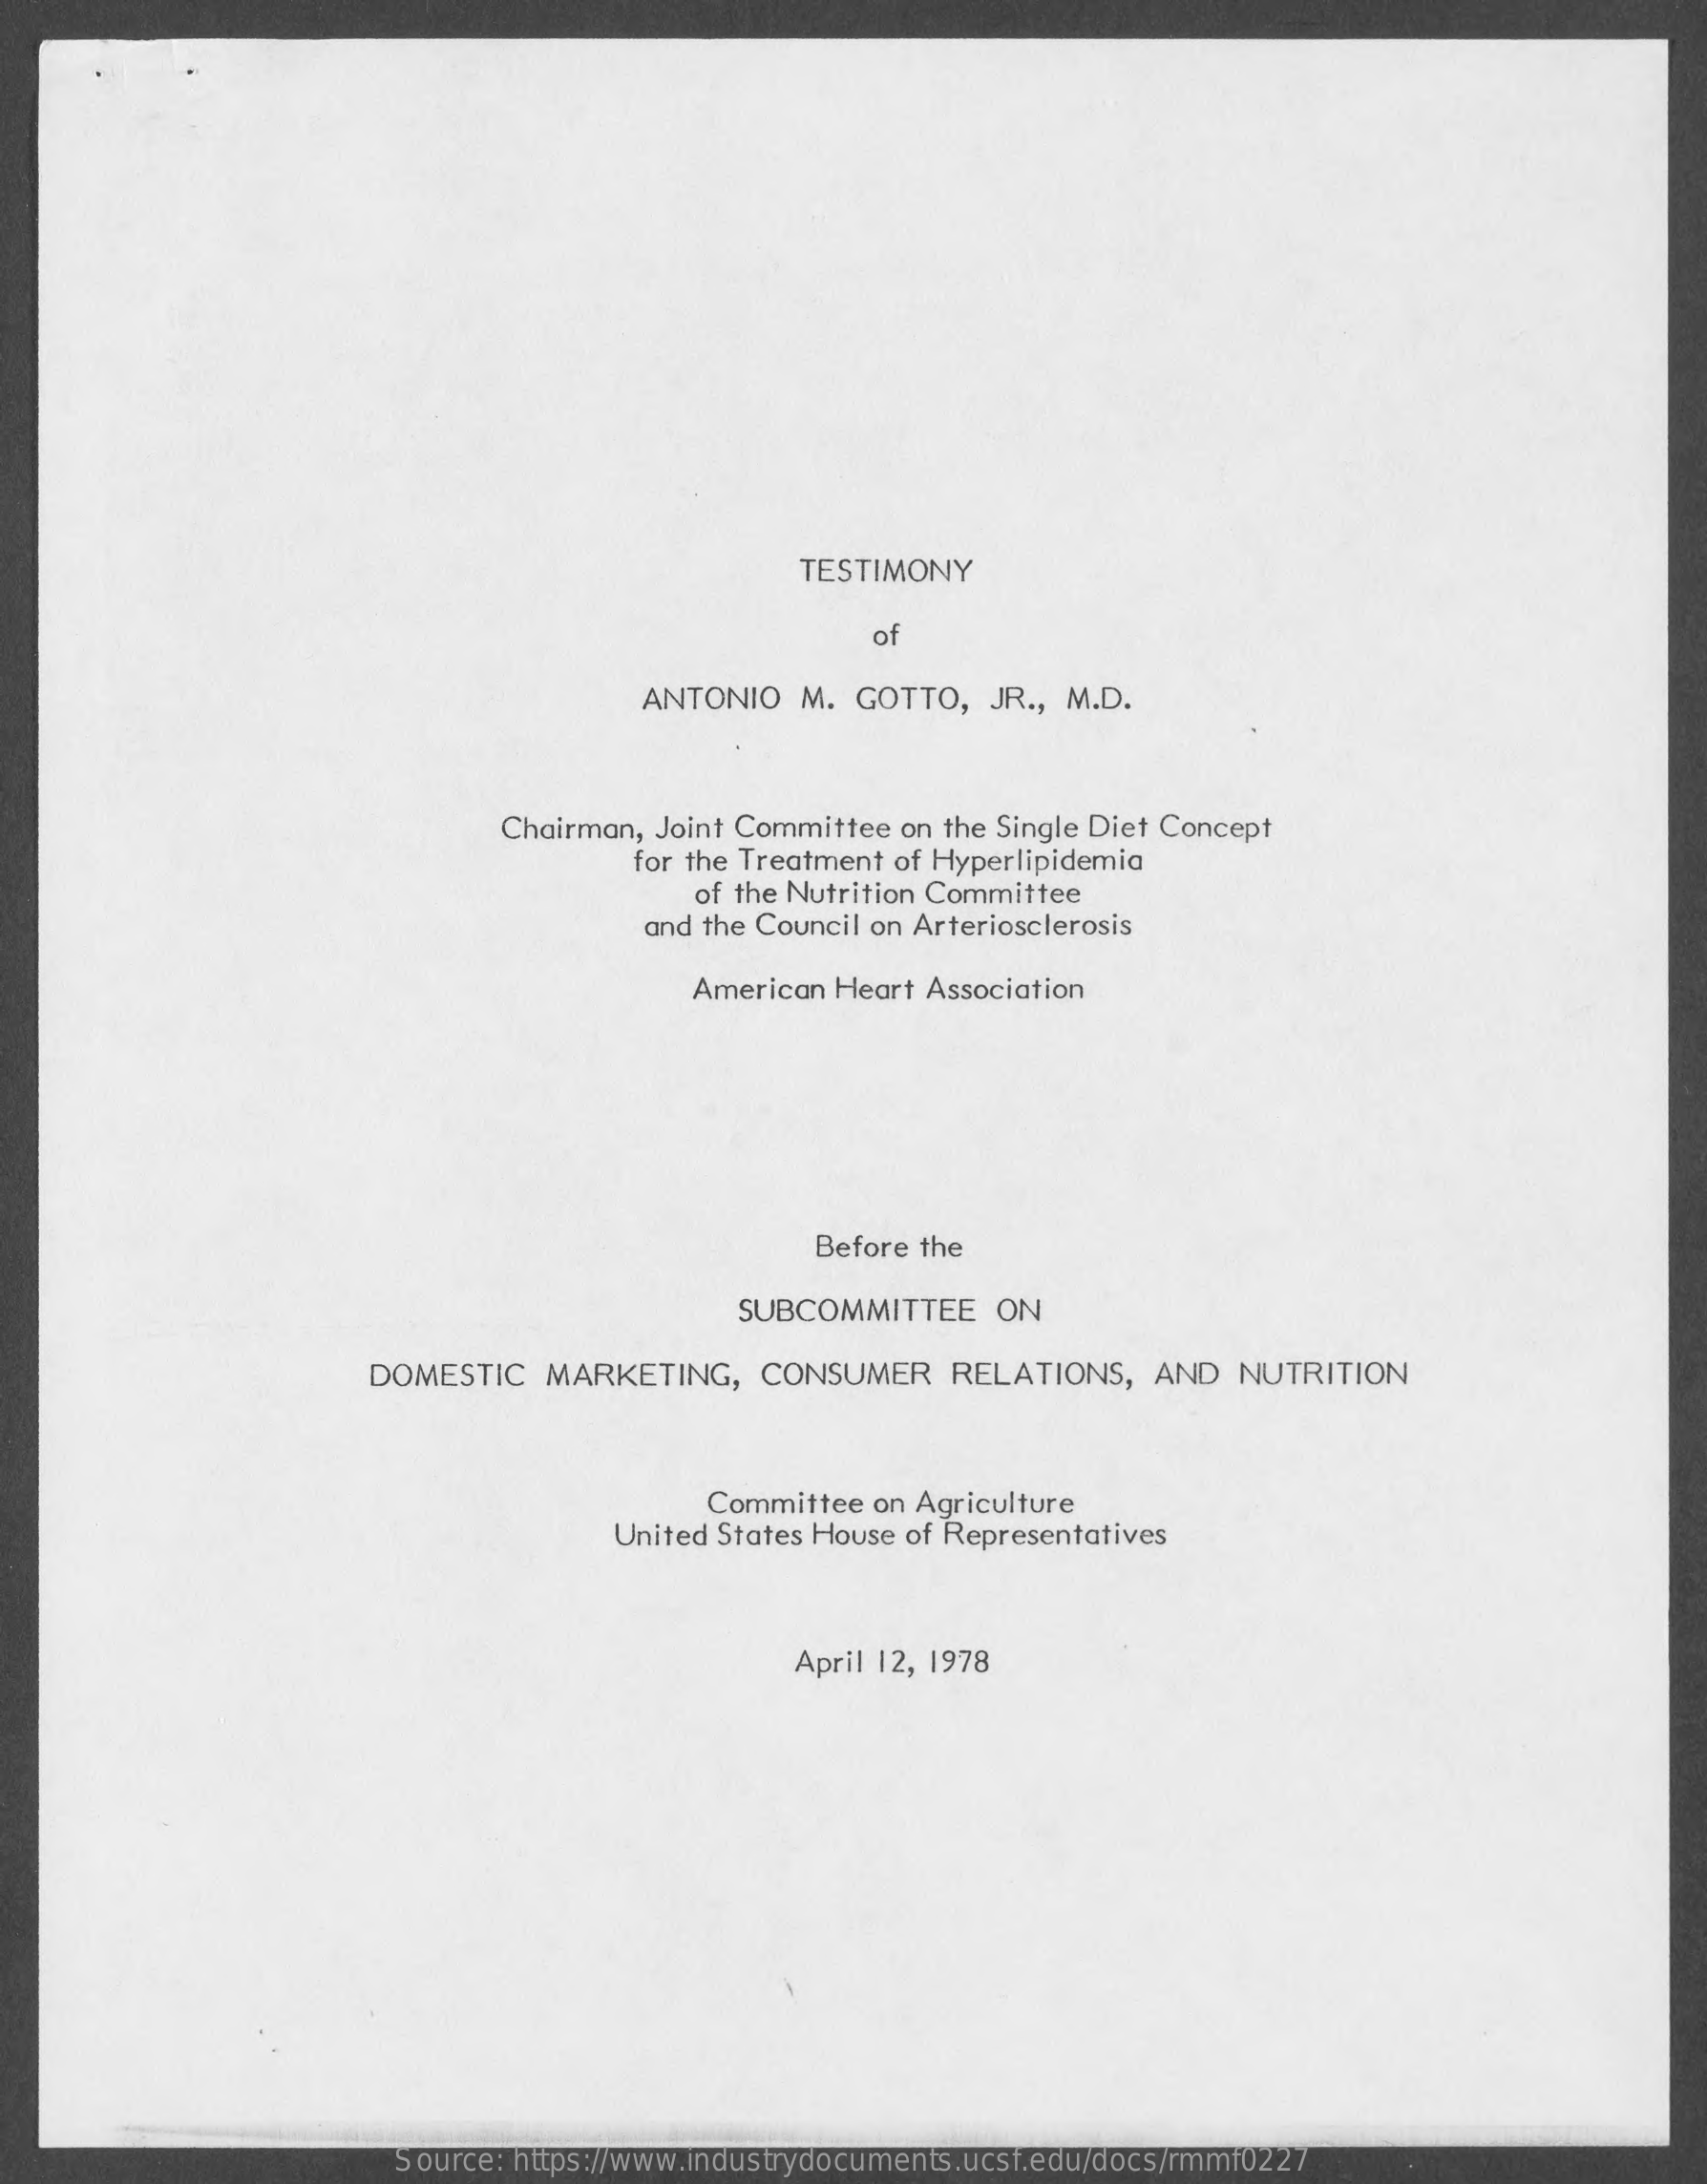
TESTIMONY
     of
     ANTONIO   M. GOTTO,   JR ., M.D.
     Chairman, Joint Committee on the Single Diet Concept
     for the Treatment of Hyperlipidemia
     of the Nutrition Committee
     and the Council on Arteriosclerosis
     American Heart Association
     Before the
     SUBCOMMITTEE    ON
     DOMESTIC   MARKETING,    CONSUMER    RELATIONS,   AND   NUTRITION
     Committee on Agriculture
     United States House of Representatives
     April 12, 1978
     Source: https://www.industrydocuments.ucsf.edu/docs/rmmf0227